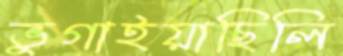
ভুগাইয়াছিলি